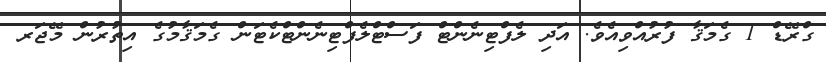
ގްރޭޑް 1 ގެމަޤާ ފުރުއްވިއެވެ. އަދި ލެފްޓިނެންޓް ފަސްޓްލެފްޓިނެންޓްކެޓަން ގެމަޤާމުގެ އިތުރުން މޭޖަރ